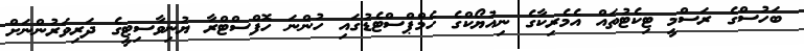
ބަހުސްގެ ރަސްމީ ޓިކެޓުތައް އެމެރިކާގެ ނިއުޔޯކްގެ ހެމްޕްސްޓެޑުގައި ހުންނަ ހޮފްސްޓްރާ ޔުނިވާސިޓީގެ ދަރިވަރުންނަށް